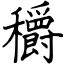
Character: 穱